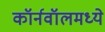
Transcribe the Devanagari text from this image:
कॉर्नवॉलमध्ये